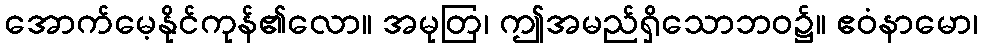
အောက်မေ့နိုင်ကုန်၏လော။ အမုတြ၊ ဤအမည်ရှိသောဘဝ၌။ ဧဝံနာမော၊